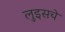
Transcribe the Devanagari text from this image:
लुइसचे